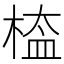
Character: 𣖁